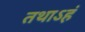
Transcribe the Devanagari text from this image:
तथाऽहं